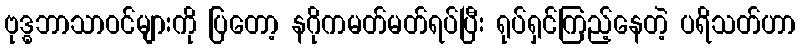
ဗုဒ္ဓဘာသာဝင်များကို ပြတော့ နဂိုကမတ်မတ်ရပ်ပြီး ရုပ်ရှင်ကြည့်နေတဲ့ ပရိသတ်ဟာ